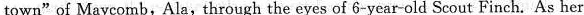
town"of Maycomb,Ala,through the eyes of 6-year-old Scout Finch. As her